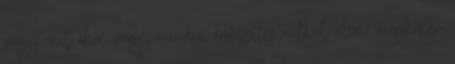
vagy mit akar, vagy minden erőfeszítés nélkül eléri, megkapja